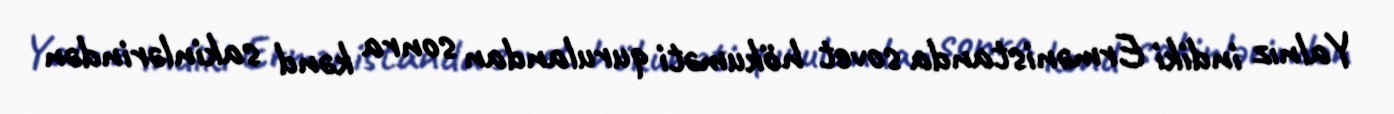
Yalnız indiki Ermənistanda sovet hökuməti qurulandan sonra kənd sakinlərindən